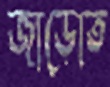
জাড়োত